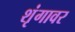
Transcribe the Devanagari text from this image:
शृंगावर